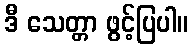
ဒီ သေတ္တာ ဖွင့်ပြပါ။